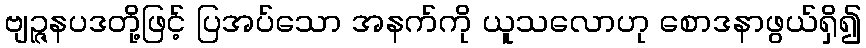
ဗျဉ္ဇနပဒတို့ဖြင့် ပြအပ်သော အနက်ကို ယူသလောဟု စောဒနာဖွယ်ရှိ၍